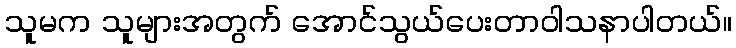
သူမက သူများအတွက် အောင်သွယ်ပေးတာဝါသနာပါတယ်။